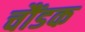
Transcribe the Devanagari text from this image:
चौंडक